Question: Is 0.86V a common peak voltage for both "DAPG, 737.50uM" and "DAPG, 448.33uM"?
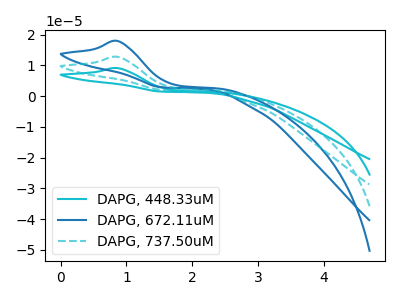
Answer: <think>The cyan curve "DAPG, 448.33uM" has an anodic peak at: (0.85V, 25.55uA). The blue curve "DAPG, 672.11uM" has an anodic peak at: (0.85V, 17.90uA). The cyan dashed curve "DAPG, 737.50uM" has an anodic peak at: (0.85V, 12.75uA).</think>
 <answer>Yes, "DAPG, 737.50uM" and "DAPG, 448.33uM" share a peak at 0.86V.</answer>
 <eval>match</eval>